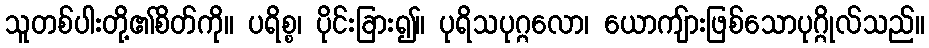
သူတစ်ပါးတို့၏စိတ်ကို။ ပရိစ္စ၊ ပိုင်းခြား၍။ ပုရိသပုဂ္ဂလော၊ ယောကျ်ားဖြစ်သောပုဂ္ဂိုလ်သည်။